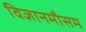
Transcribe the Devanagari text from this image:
विज्ञानमौसम